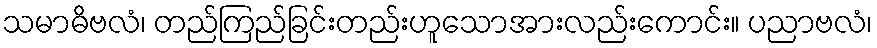
သမာဓိဗလံ၊ တည်ကြည်ခြင်းတည်းဟူသောအားလည်းကောင်း။ ပညာဗလံ၊